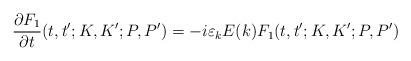
LaTeX: \begin{align*}\frac{\partial F_{1}}{\partial t}(t,t^{\prime };K,K^{\prime };P,P^{\prime})=-i\varepsilon _{k}E(k)F_{1}(t,t^{\prime };K,K^{\prime };P,P^{\prime })\end{align*}